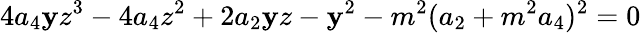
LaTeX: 4a_{4}\mathbf{y}z^{3}-4a_{4}z^{2}+2a_{2}\mathbf{y}z-\mathbf{y}^{2}-m^{2}(a_{2}+m^{2}a_{4})^{2}=0